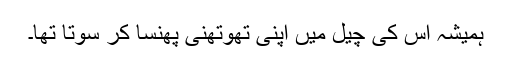
ہمیشہ اس کی چیل میں اپنی تھوتھنی پھنسا کر سوتا تھا۔